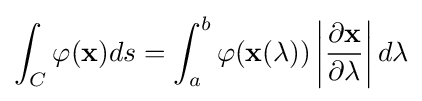
\int _{C}\varphi (\mathbf {x} )ds=\int _{a}^{b}\varphi (\mathbf {x} (\lambda ))\left|{\partial \mathbf {x}  \over \partial \lambda }\right|d\lambda